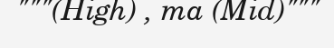
"""(High) , ma (Mid)"""